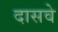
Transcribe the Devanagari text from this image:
दासवे